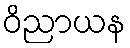
ဝိညာယန